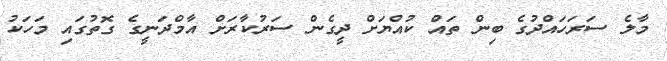
މާލެ ސަރަހައްދުގެ ބިން ތައް ކުއްޔަށް ދީގެން ސަރުކާރަށް އާމްދަނީގެ ގޮތުގައި މަހަކު